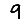
Digit: 9